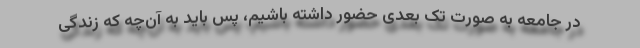
در جامعه به صورت تک بعدی حضور داشته باشیم، پس باید به آن‌چه که زندگی